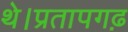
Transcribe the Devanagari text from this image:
थे।प्रतापगढ़